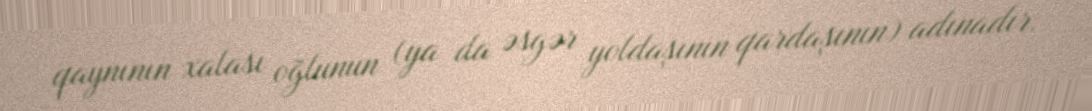
qaynının xalası oğlunun (ya da əsgər yoldaşının qardaşının) adınadır.